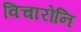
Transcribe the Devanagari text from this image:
विचारोनि